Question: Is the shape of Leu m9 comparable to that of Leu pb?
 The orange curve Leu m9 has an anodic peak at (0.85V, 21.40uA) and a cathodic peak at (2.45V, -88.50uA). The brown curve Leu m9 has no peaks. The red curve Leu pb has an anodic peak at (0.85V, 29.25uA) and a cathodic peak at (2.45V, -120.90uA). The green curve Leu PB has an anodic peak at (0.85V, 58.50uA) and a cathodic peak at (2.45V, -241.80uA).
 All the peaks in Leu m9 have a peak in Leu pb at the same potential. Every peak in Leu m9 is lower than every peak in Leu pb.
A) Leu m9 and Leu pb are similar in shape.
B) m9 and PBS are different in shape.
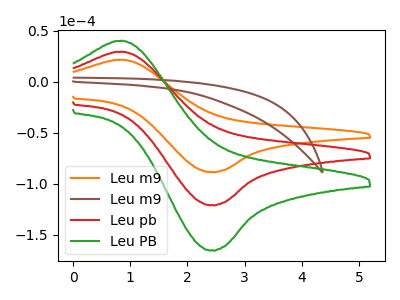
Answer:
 <answer>A) "Leu m9" and "Leu pb" are similar in shape.</answer>
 <eval>A</eval>